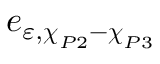
e _ { \varepsilon , \boldsymbol { \chi } _ { P 2 } - \boldsymbol { \chi } _ { P 3 } }